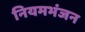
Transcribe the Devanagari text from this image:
नियमभंजन